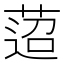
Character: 𦴚